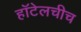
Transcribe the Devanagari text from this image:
हॉटेलचीच